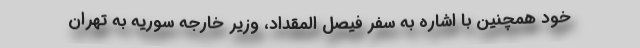
خود همچنین با اشاره به سفر فیصل المقداد، وزیر خارجه سوریه به تهران